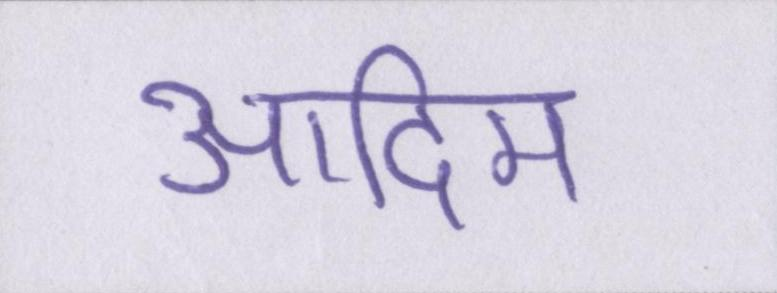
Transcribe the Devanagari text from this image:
आदिम